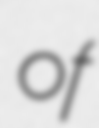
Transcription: of